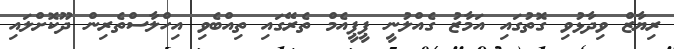
ރިޔާޒް ވިދާޅުވި ގޮތުގައި އަމާޒު ގެއްލުނީ ޕީޕީއެމް ތެރޭގައި ތިއްބެވި އިހްލާސްތެރިން ދޫކޮށްލައި